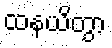
ထနယိတွာ